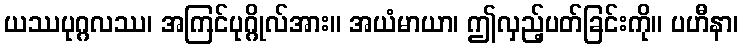
ယဿပုဂ္ဂလဿ၊ အကြင်ပုဂ္ဂိုလ်အား။ အယံမာယာ၊ ဤလှည့်ပတ်ခြင်းကို။ ပဟီနာ၊